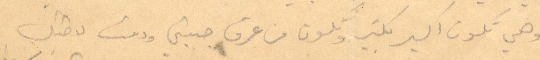
وهي تكون اكبر بكثير وتكون من عرق جبيني ودمت لاخيك